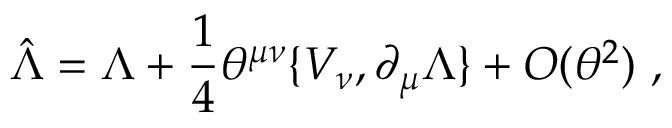
\hat { \Lambda } = \Lambda + \frac { 1 } { 4 } \theta ^ { \mu \nu } \{ V _ { \nu } , \partial _ { \mu } \Lambda \} + { \cal O } ( \theta ^ { 2 } ) ~ ,